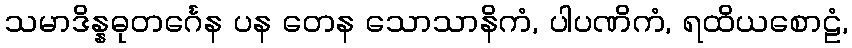
သမာဒိန္နဓုတင်္ဂေန ပန တေန သောသာနိကံ, ပါပဏိကံ, ရထိယစောဠံ,